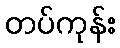
တပ်ကုန်း